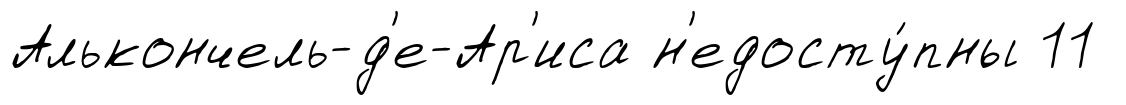
Алькончель-д'е-Ар'иса н'едосту́пны 11